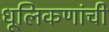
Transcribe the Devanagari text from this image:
धूलिकणांची